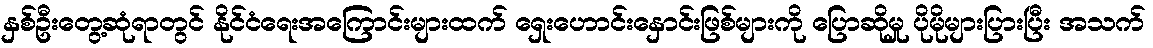
နှစ်ဦးတွေ့ဆုံရာတွင် နိုင်ငံရေးအကြောင်းများထက် ရှေးဟောင်းနှောင်းဖြစ်များကို ပြောဆိုမှု ပိုမိုများပြားပြီး အသက်